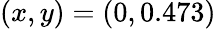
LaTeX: (x,y)=(0,0.473)